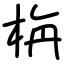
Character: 栴